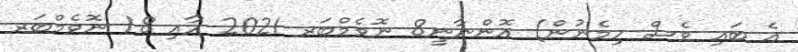
އެ ބައި ވެސް ހިމެނުން) އޮންނާނީ8 ނޮވެމްބަރ 2021 އާއި 18 ނޮވެމްބަރ